Annual report of the Prince of Wales Medical College, Patna
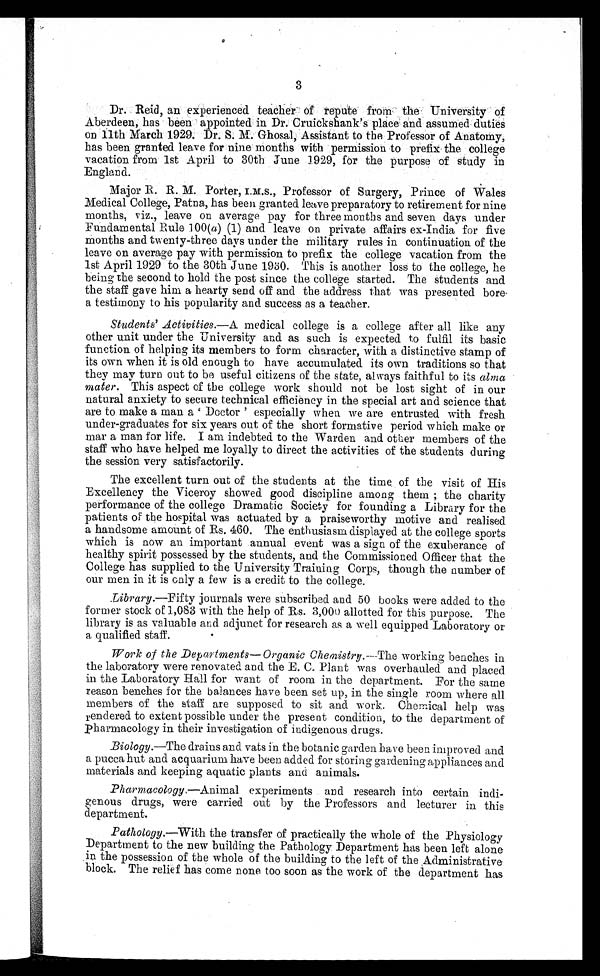
3
Dr. Reid, an experienced teacher of repute from the University of
Aberdeen, has been appointed in Dr. Cruickshank’s place and assumed duties
on 11t h Mar ch 1929; Dr . S. M. Ghosal , Assi st ant t o t he Pr of essor of Anat omy,
has been granted leave for nine months with permission to prefix the college
vacation from 1st April to 30th June 1929, for the purpose of study in
England.
Major R. R. M. Porter, I.M.s., Professor of Surgery, Prince of Wales
Medical College, Patna, has been granted leave preparatory to retirement for nine
months, viz., leave on average pay for three months and seven days under
Fundamental Rule 100( a) (1) and leave on private affairs ex-India for five
months and twenty-three days under the military rules in continuation of the
leave on average pay with permission to prefix the college vacation from the
1st April 1929 to the 30th June 1930. This is another loss to the college, he
being the second to hold the post since the college started. The students and
the staff gave him a hearty send off and the address that was presented bore
a testimony to his popularity and success as a teacher.
Students’ Activities.—A medical college is a college after all like any
other unit under the University and as such is expected to fulfil its basic
function of helping its members to form character, with a distinctive stamp of
its own when it is old enough to have accumulated its own traditions so that
they may turn out to be useful citizens of the state, always faithful to its alma
mater. This aspect of the college work should not be lost sight of in our
natural anxiety to secure technical efficiency in the special art and science that
are to make a man a Doctor ’ especially when we are entrusted with fresh
under-graduates for six years out of the short formative period which make or
mar a man for life. I am indebted to the Warden and other members of the
staff who have helped me loyally to direct the activities of the students during
the session very satisfactorily.
The excellent turn out of the students at the time of the visit of His
Excellency the Viceroy showed good discipline among them ; the charity
performance of the college Dramatic Society for founding a Library for the
patients of the hospital was actuated by a praiseworthy motive and realised
a handsome amount of Rs. 460. The enthusiasm displayed at the college sports
which is now an important annual event was a sign of the exuberance of
healthy spirit possessed by the students, and the Commissioned Officer that the
College has supplied to the University Training Corps, though the number of
our men in it is only a few is a credit to the college.
Library.—Fifty journals were subscribed and 50 books were added to the
former stock of 1,083 with the help of Rs. 3,000 allotted for this purpose. The
library is as valuable and adjunct for research as a well equipped Laboratory or
a qualified staff.
Work of the Departments—Organic Chemistry.— The working benches in
the laboratory were renovated and the E. C. Plant was overhauled and placed
in the Laboratory Hall for want of room in the department. For the same
reason benches for the balances have been set up, in the single room where all
members of the staff are supposed to sit and work. Chemical help was
rendered to extent possible under the present condition, to the department of
pharmacology in their investigation of indigenous drugs.
Biology.—The drains and vats in the botanic garden have been improved and
a pucca hut and acquarium have been added for storing gardening appliances and
materials and keeping aquatic plants and animals.
Pharmacology.—Animal experiments and research into certain indi
- g e n o u s d r u g s , w e r e c a r r i e d o u t b y t h e P r o f e s s o r s a n d l e c t u r e r i n t h i s
department.
Pathology.—With the transfer of practically the whole of the Physiology
Department to the new building the Pathology Department has been left alone
in the possession of the whole of the building to the left of the Administrative
block. The relief has come none too soon as the work of the department has